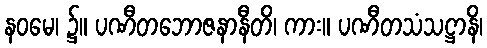
နဝမေ၊ ၌။ ပဏီတဘောဇနာနီတိ၊ ကား။ ပဏီတသံသဋ္ဌာနိ၊